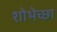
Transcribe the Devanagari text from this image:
शोभेच्छा